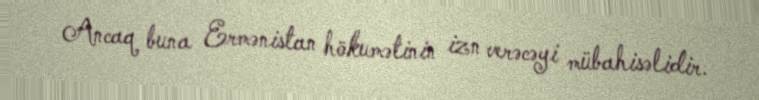
Ancaq buna Ermənistan hökumətinin izn verəcəyi mübahisəlidir.